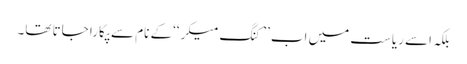
بلکہ اسے ریاست میں اب ’’کنگ میکر‘‘کے نام سے پکارا جاتا تھا۔